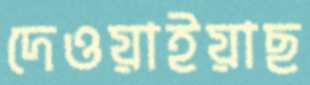
দেওয়াইয়াছ